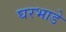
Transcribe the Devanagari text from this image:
घरभाडे